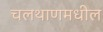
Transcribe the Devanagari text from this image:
चलथाणमधील